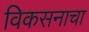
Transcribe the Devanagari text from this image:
विकसनाचा